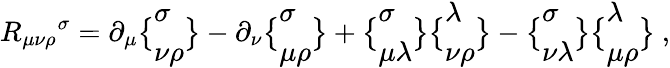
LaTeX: R_{\mu\nu\rho}{}^{\sigma}=\partial_{\mu}\bigl\{ \begin{array}{l}{{\sigma}}\\ {{\nu\rho}}\end{array}\bigr\} -\partial_{\nu}\bigl\{ \begin{array}{l}{{\sigma}}\\ {{\mu\rho}}\end{array}\bigr\} +\bigl\{ \begin{array}{l}{{\sigma}}\\ {{\mu\lambda}}\end{array}\bigr\} \bigl\{ \begin{array}{l}{{\lambda}}\\ {{\nu\rho}}\end{array}\bigr\} -\bigl\{ \begin{array}{l}{{\sigma}}\\ {{\nu\lambda}}\end{array}\bigr\} \bigl\{ \begin{array}{l}{{\lambda}}\\ {{\mu\rho}}\end{array}\bigr\} \ ,